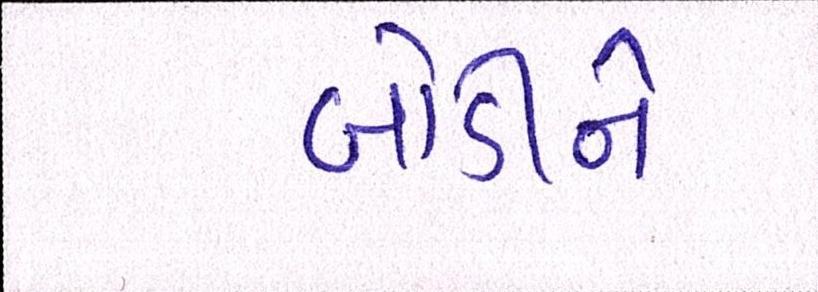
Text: બોડીને